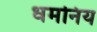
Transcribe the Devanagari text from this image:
धमनिय